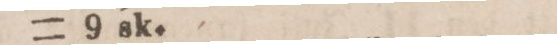
= 9 sk.